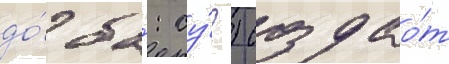
до́ ба́: су́?) создао́т